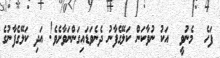
ފަހެ  މެނުވީ  އަކު ނުވާކަން ކަލޭގެފާނު ދެނެވަޑައިގަންނަވާށެވެ! އަދި ކަލޭގެފާނުގެ